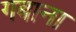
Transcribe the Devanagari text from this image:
गबाना